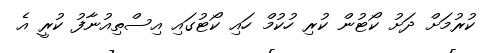
ކުރުމަށް ދަށު ކޯޓުން ކުރި ހުކުމް ހައި ކޯޓުގައި އިސްތިއުނާފު ކުރީ އެ